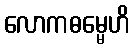
လောကဓမ္မေဟိ